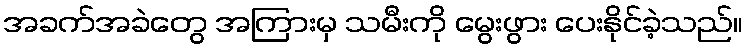
အခက်အခဲတွေ အကြားမှ သမီးကို မွေးဖွား ပေးနိုင်ခဲ့သည်။